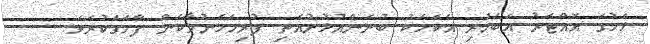
ޅެމުގަ އޮއްޓަރު އެބަހުރި އެކަމަކު ބުނަންއުޅުނުއެތި ފުރިހަމަނުވާކަން ފާހަގަކުރެވެ.